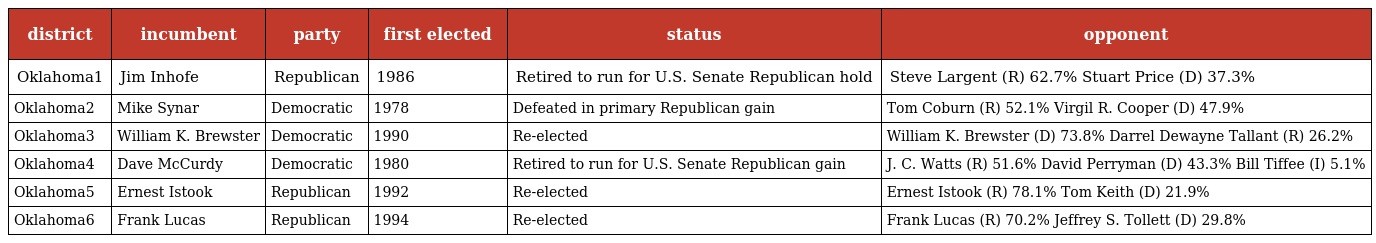
| district | incumbent | party | first elected | status | opponent |
 | --- | --- | --- | --- | --- | --- |
 | Oklahoma1 | Jim Inhofe | Republican | 1986 | Retired to run for U.S. Senate Republican hold | Steve Largent (R) 62.7% Stuart Price (D) 37.3% |
 | Oklahoma2 | Mike Synar | Democratic | 1978 | Defeated in primary Republican gain | Tom Coburn (R) 52.1% Virgil R. Cooper (D) 47.9% |
 | Oklahoma3 | William K. Brewster | Democratic | 1990 | Re-elected | William K. Brewster (D) 73.8% Darrel Dewayne Tallant (R) 26.2% |
 | Oklahoma4 | Dave McCurdy | Democratic | 1980 | Retired to run for U.S. Senate Republican gain | J. C. Watts (R) 51.6% David Perryman (D) 43.3% Bill Tiffee (I) 5.1% |
 | Oklahoma5 | Ernest Istook | Republican | 1992 | Re-elected | Ernest Istook (R) 78.1% Tom Keith (D) 21.9% |
 | Oklahoma6 | Frank Lucas | Republican | 1994 | Re-elected | Frank Lucas (R) 70.2% Jeffrey S. Tollett (D) 29.8% |